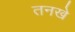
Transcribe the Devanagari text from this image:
तनखे